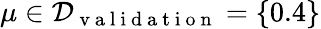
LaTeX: \mu\in\mathcal{D}_{\mathrm{~v~a~l~i~d~a~t~i~o~n~}}=\{ 0.4\}